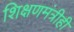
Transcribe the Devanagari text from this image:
शिक्षणमंत्रीही